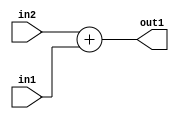
`timescale 1ps / 1ps
/*****************************************************************************
    Verilog RTL Description
    
    
    Created by: Stratus DpOpt 21.05.01 
*******************************************************************************/

module SobelFilter_Add_2Ux1U_3U_1 (
	in2,
	in1,
	out1
	); /* architecture "behavioural" */ 
input [1:0] in2;
input  in1;
output [2:0] out1;
wire [2:0] asc001;

assign asc001 = 
	+(in2)
	+(in1);

assign out1 = asc001;
endmodule

/* CADENCE  urnzSAE= : u9/ySxbfrwZIxEzHVQQV8Q== ** DO NOT EDIT THIS LINE ******/